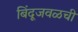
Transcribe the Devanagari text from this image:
बिंदूजवळची